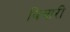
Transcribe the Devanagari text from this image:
विचारीं